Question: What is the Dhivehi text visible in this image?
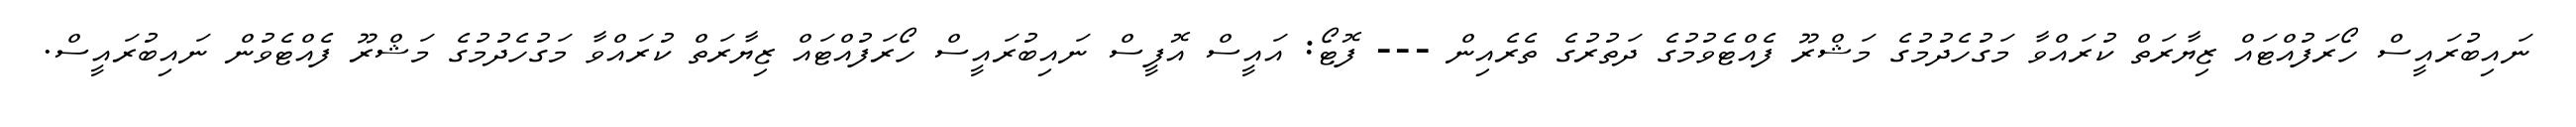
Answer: ނައިބުރައީސް ހޯރަފުއްޓައް ޒިޔާރަތް ކުރައްވާ މަގުހެދުމުގެ މަޝްރޫ ފެއްޓެވުމުގެ ދަތުރުގެ ތެރެއިން --- ފޮޓޯ: އައީސް އޮފީސް ނައިބުރައީސް ހޯރަފުއްޓައް ޒިޔާރަތް ކުރައްވާ މަގުހެދުމުގެ މަޝްރޫ ފެއްޓެވުން ނައިބުރައީސް.